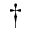
^ { \dagger }